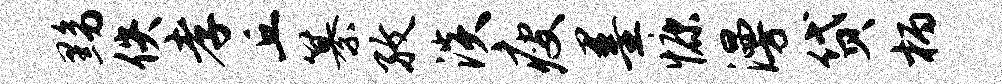
黝佚孝丘纂孜淡瘦墨慷漫贷柄